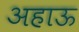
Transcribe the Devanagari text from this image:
अहाऊ